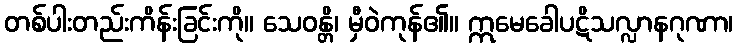
တစ်ပါးတည်းကိန်းခြင်းကို။ သေဝန္တိ၊ မှီဝဲကုန်၏။ ဣမေခေါပဋိသလ္လာနဂုဏာ၊